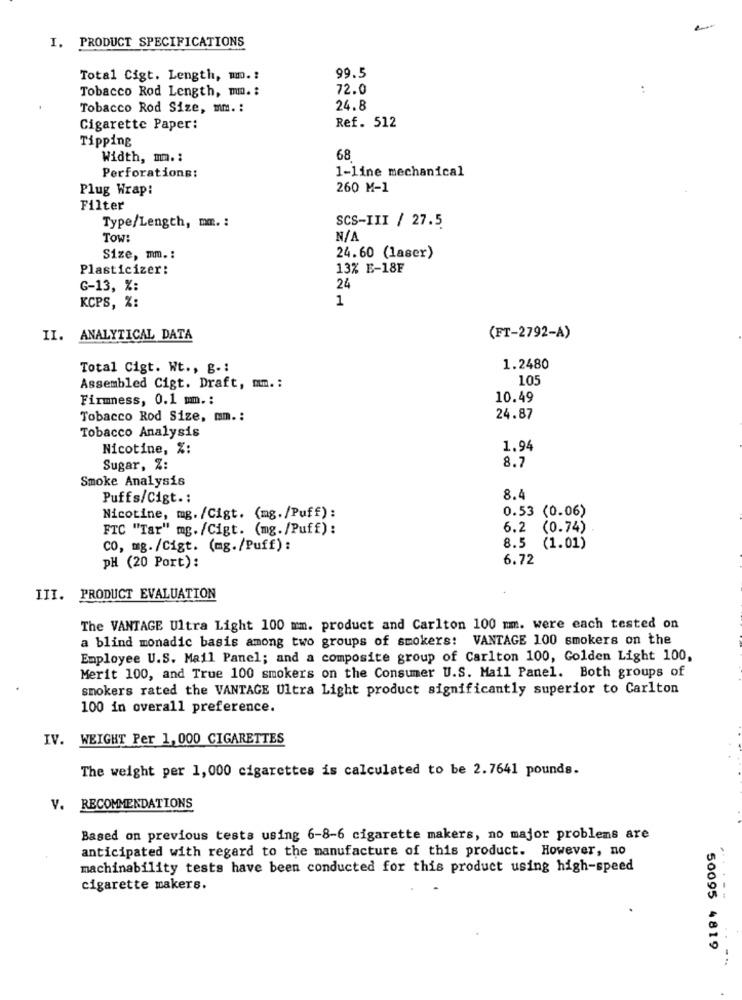
PRODUCT SPECIFICATIONS
1
99.5
Total Cigt. Length, m .:
Tobacco Rod Length, mm. :
72.0
:
Tobacco Rod Size, mm. :
24.8
Cigarette Paper:
Ref. 512
Tipping
Width, mm .:
68
1-line mechanical
Perforations:
Plug Wrap:
260 M-1
Filter
Type/Length, mm. :
SCS-III / 27.5
Tow:
Size, mm .:
24.60 (laser)
Plasticizer:
13% E-18F
G-13, %:
24
1
KCPS, %:
II.
ANALYTICAL DATA
(FT-2792-A)
Total Cigt. Wt ., g -:
1.2480
105
Assembled Cigt. Draft, mm .:
Firmness, 0.1 mm. :
10.49
Tobacco Rod Size, mm .:
24.87
Tobacco Analysis
Nicotine, %:
1.94
8.7
Sugar, %:
Smoke Analysis
Puffs/Cigt .:
8.4
0.53 (0.06)
Nicotine, mg. /Cigt. (mg./Puff):
FTC "Tar" mg./Cigt. (mg./Puff):
6.2
(0.74)
8.5
CO, mg./Cigt. (mg./Puff) :
(1.01)
6.72
PH (20 Port):
III. PRODUCT EVALUATION
The VANTAGE Ultra Light 100 mm. product and Carlton 100 mm. were each tested on
a blind monadic basis among two groups of smokers: VANTAGE 100 smokers on the
Employee U.S. Mail Panel; and a composite group of Carlton 100, Golden Light 100,
Merit 100, and True 100 smokers on the Consumer U.S. Mail Panel. Both groups of
smokers rated the VANTAGE Ultra Light product significantly superior to Carlton
100 in overall preference.
IV. WEIGHT Per 1, 000 CIGARETTES
The weight per 1,000 cigarettes is calculated to be 2.7641 pounds.
V. RECOMMENDATIONS
Based on previous tests using 6-8-6 cigarette makers, no major problems are
anticipated with regard to the manufacture of this product. However, no
machinability tests have been conducted for this product using high-speed
cigarette makers.
.....
50095 4819